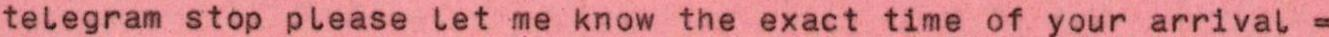
telegram stop please let me know the exact time of your arrival =